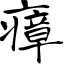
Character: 瘴